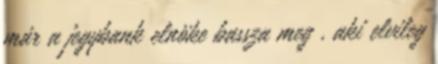
már a jegybank elnöke bassza meg , aki elvileg